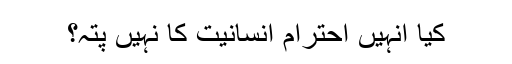
کیا انہیں احترام انسانیت کا نہیں پتہ؟